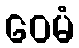
ဝေမံ